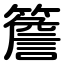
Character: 簷